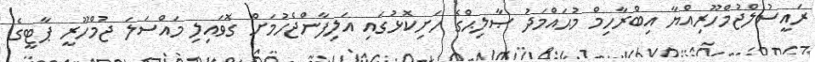
ރައީސުލްޖުމްހޫރިއްޔާ އިބްރާހިމް މުޙައްމަދު ޞާލިޙްގެ ހަށިކޮޅުގައި އަލިފާންޖެހުމަށް ގޮވައިލި މައްސަލަ ޖުމްހޫރީ ޕާޓީގެ